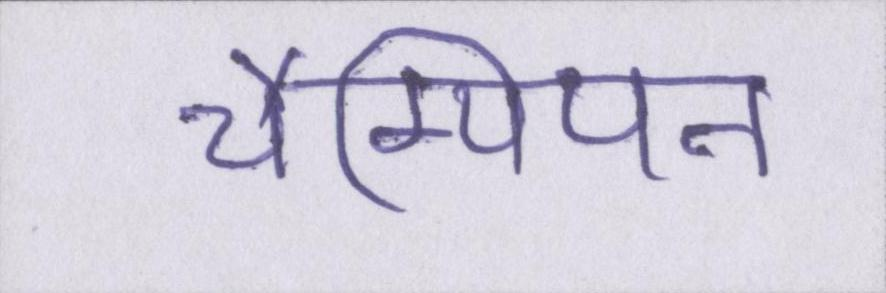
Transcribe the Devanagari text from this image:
चैम्पियन